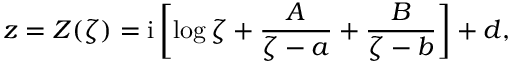
z = Z ( \zeta ) = \mathrm { i } \left[ \log \zeta + \frac { A } { \zeta - a } + \frac { B } { \zeta - b } \right] + d ,